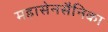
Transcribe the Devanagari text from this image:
महासेनसैनिका